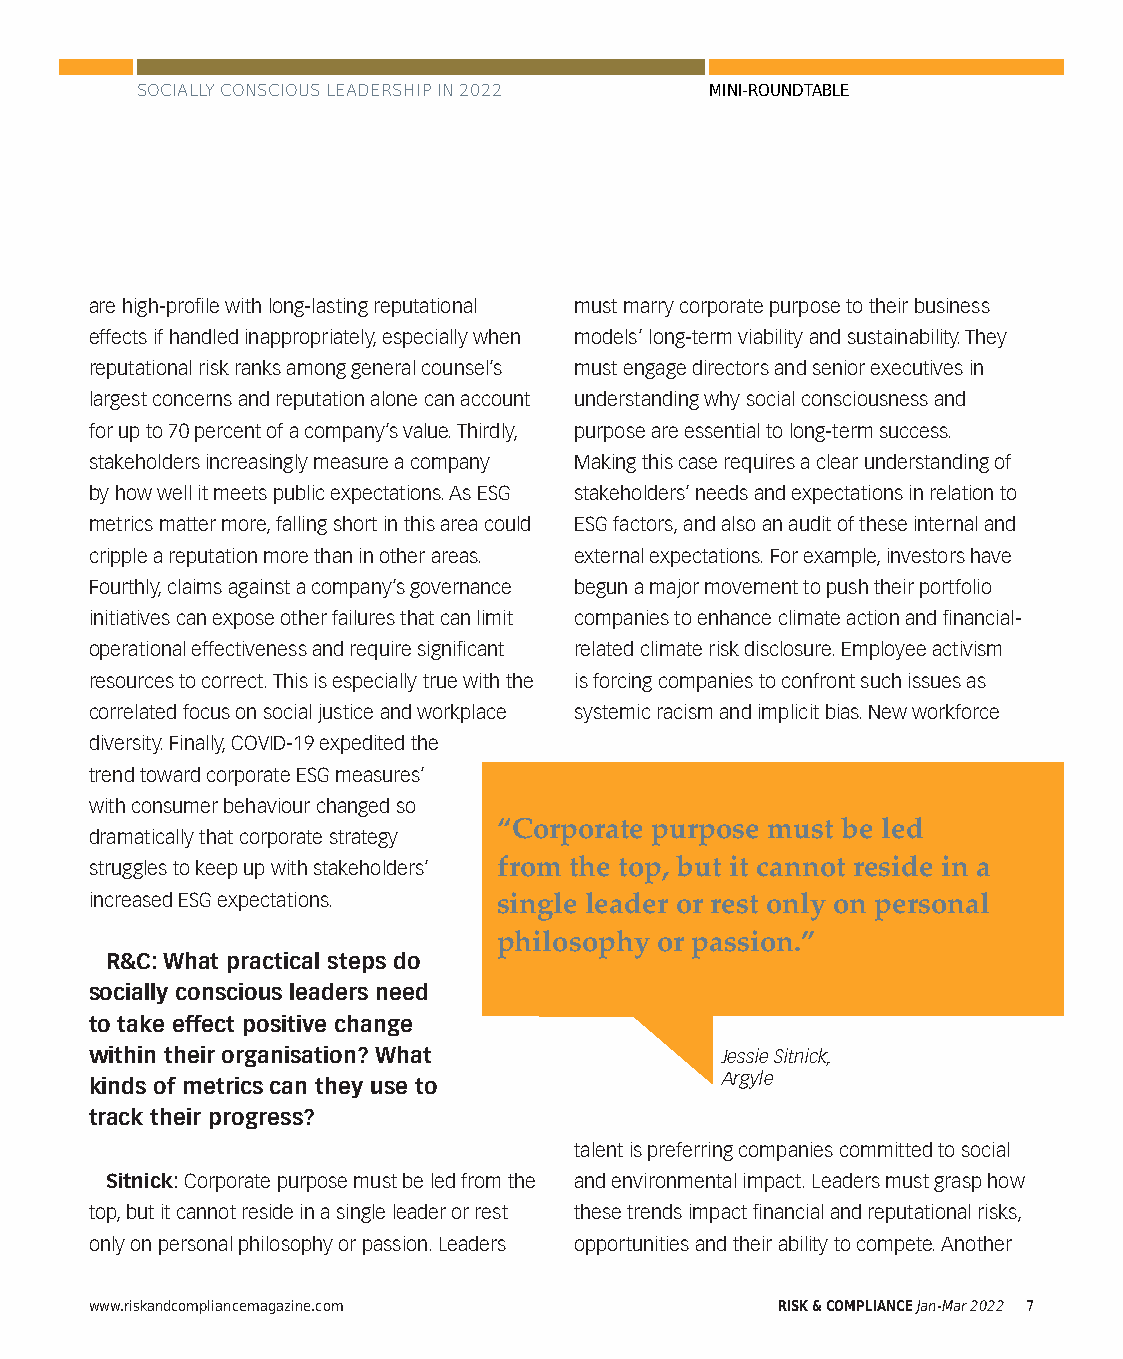
SOCIALLY CONSCIOUS LEADERSHIP IN 2022 MINI-ROUNDTABLE
 are high-profile with long-lasting reputational must marry corporate purpose to their business
 effects if handled inappropriately, especially when models’ long-term viability and sustainability. They
 reputational risk ranks among general counsel’s must engage directors and senior executives in
 largest concerns and reputation alone can account understanding why social consciousness and
 for up to 70 percent of a company’s value. Thirdly, purpose are essential to long-term success.
 stakeholders increasingly measure a company Making this case requires a clear understanding of
 by how well it meets public expectations. As ESG stakeholders’ needs and expectations in relation to
 metrics matter more, falling short in this area could ESG factors, and also an audit of these internal and
 cripple a reputation more than in other areas. external expectations. For example, investors have
 Fourthly, claims against a company’s governance begun a major movement to push their portfolio
 initiatives can expose other failures that can limit companies to enhance climate action and financial-
 operational effectiveness and require significant related climate risk disclosure. Employee activism
 resources to correct. This is especially true with the is forcing companies to confront such issues as
 correlated focus on social justice and workplace systemic racism and implicit bias. New workforce
 diversity. Finally, COVID-19 expedited the
 trend toward corporate ESG measures’
 with consumer behaviour changed so
 “Corporate purpose must be led
 dramatically that corporate strategy
 struggles to keep up with stakeholders’ from the top, but it cannot reside in a
 increased ESG expectations. single leader or rest only on personal
 philosophy or passion.”
 R&C: What practical steps do
 socially conscious leaders need
 to take effect positive change
 within their organisation? What           Jessie Sitnick,
 Argyle
 kinds of metrics can they use to
 track their progress?
 talent is preferring companies committed to social
 Sitnick: Corporate purpose must be led from the and environmental impact. Leaders must grasp how
 top, but it cannot reside in a single leader or rest these trends impact financial and reputational risks,
 only on personal philosophy or passion. Leaders opportunities and their ability to compete. Another
 www.riskandcompliancemagazine.com            RISK & COMPLIANCE Jan-Mar 2022 7